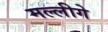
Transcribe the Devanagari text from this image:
मल्लीगे